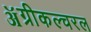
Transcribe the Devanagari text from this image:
ॲग्रीकल्चरल